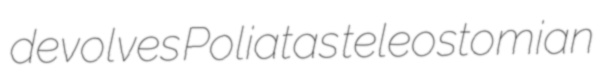
devolves Poliatas teleostomian